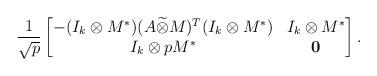
LaTeX: \begin{align*}\frac{1}{\sqrt{p}}\begin{bmatrix} -(I_k\otimes M^*)(A\widetilde{\otimes}M)^T(I_k\otimes M^*)&I_k\otimes M^*\\ I_k\otimes pM^*&\bf{0}\end{bmatrix}.\end{align*}